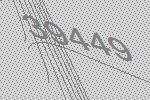
39449